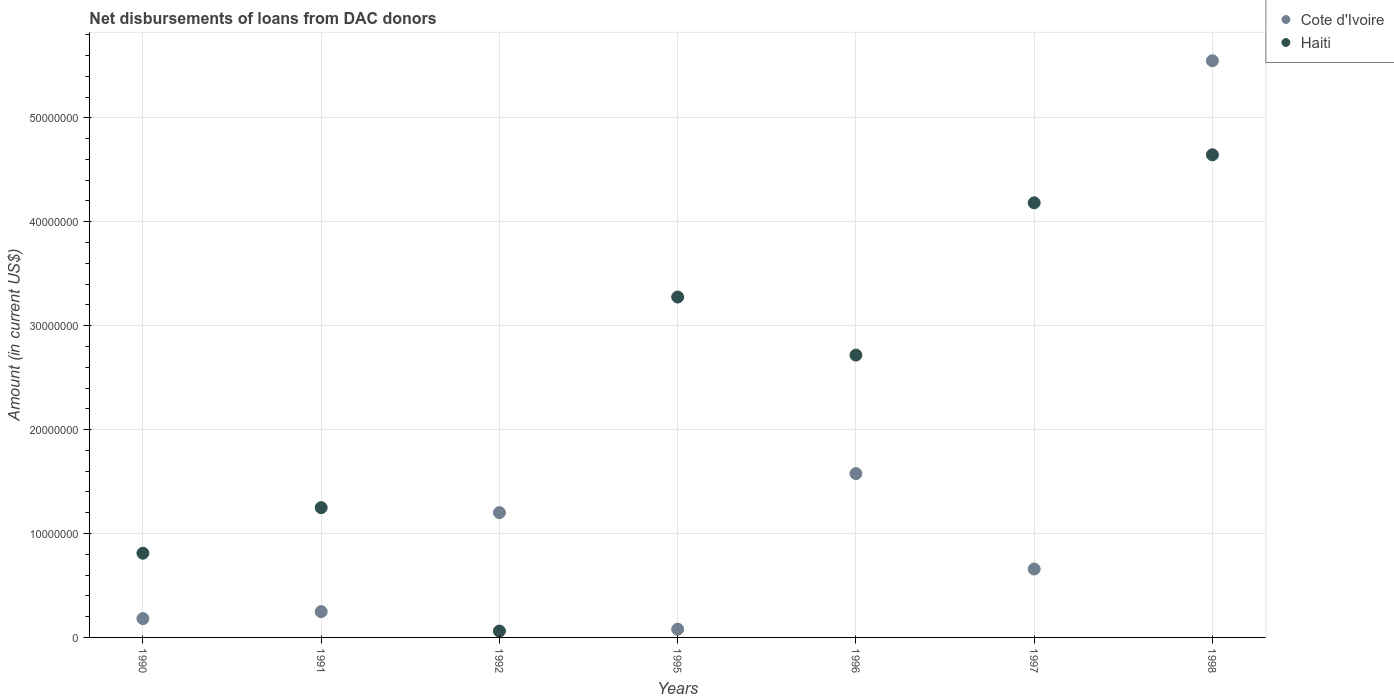
| Years | Cote d'Ivoire | Haiti |
 | --- | --- | --- |
 | 1990 | 1.81e+06 | 8.1e+06 |
 | 1991 | 2.48e+06 | 1.25e+07 |
 | 1992 | 1.2e+07 | 6.12e+05 |
 | 1995 | 7.91e+05 | 3.28e+07 |
 | 1996 | 1.58e+07 | 2.72e+07 |
 | 1997 | 6.58e+06 | 4.18e+07 |
 | 1998 | 5.55e+07 | 4.64e+07 |